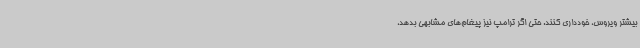
بیشتر ویروس، خودداری کنند. حتی اگر ترامپ نیز پیغام‌های مشابهی بدهد،